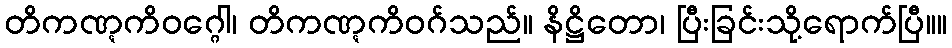
တိကဏ္ဋကိဝဂ္ဂေါ၊ တိကဏ္ဋကိဝဂ်သည်။ နိဋ္ဌိတော၊ ပြီးခြင်းသို့ရောက်ပြီ။။